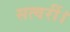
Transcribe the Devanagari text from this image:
सत्वरीं।